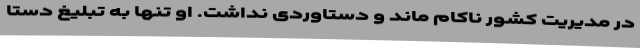
در مدیریت کشور ناکام ماند و دستاوردی نداشت. او تنها به تبلیغ دستا